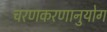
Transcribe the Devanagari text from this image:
चरणकरणानुयोग